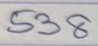
538